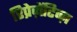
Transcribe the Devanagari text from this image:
रिप्रेज़ेंटिव्ज़